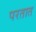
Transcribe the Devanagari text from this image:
परतात